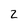
Character: 2